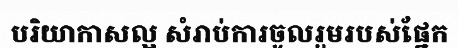
បរិយាកាសល្អ សំរាប់ការចូលរួមរបស់ផ្នែក